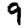
Digit: 9